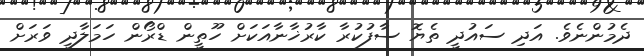
ދެމުންނެވެ. އަދި ސައުދީ ތެޔޮ ސާފުކުރާ ކާރުޚާނާއަކަށް ހޫތީން ޑްރޯން ހަމަލާދީ ވަރަށް